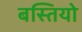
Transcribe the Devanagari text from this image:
बस्‍तियो